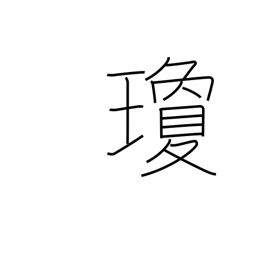
Meaning: red jewel